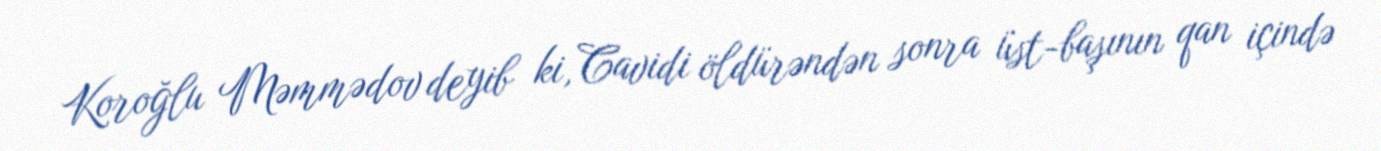
Koroğlu Məmmədov deyib ki, Cavidi öldürəndən sonra üst-başının qan içində